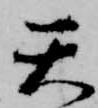
天